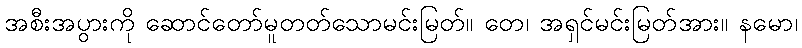
အစီးအပွားကို ဆောင်တော်မူတတ်သောမင်းမြတ်။ တေ၊ အရှင်မင်းမြတ်အား။ နမော၊